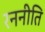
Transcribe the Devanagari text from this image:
रननीति